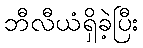
ဘီလီယံရှိခဲ့ပြီး